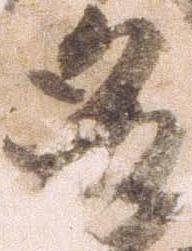
多